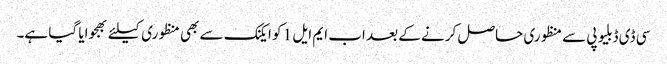
سی ڈی ڈبلیو پی سے منظوری حاصل کرنے کے بعد اب ایم ایل 1 کو ایکنک سے بھی منظوری کیلئے بھجوایا گیا ہے۔